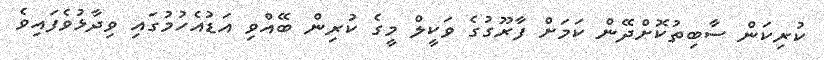
ކުރިކަން ސާބިތުކޮށްދޭން ކަމަށް ފާރޫގުގެ ވަކީލް މީގެ ކުރިން ބޭއްވި އަޑުއެހުމުގައި ވިދާޅުވެފައިވެ